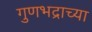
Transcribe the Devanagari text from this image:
गुणभद्राच्या